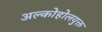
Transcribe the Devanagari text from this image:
अल्कोहोलयुक्त